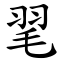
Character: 毣